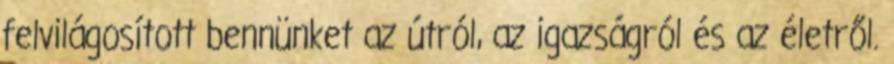
felvilágosított bennünket az útról, az igazságról és az életről.